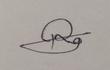
Signature authenticity: genuine